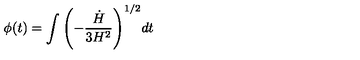
\phi ( t ) = \int { \left( - { { \frac { \dot { H } } { 3 H ^ { 2 } } } } \right) ^ { 1 / 2 } } d t